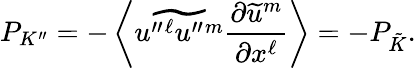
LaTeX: {P}_{K^{\prime\prime}}=-\left\langle{\widetilde{u^{\prime\prime}{}^{\ell}u^{\prime\prime}{}^{m}}\frac{\partial\widetilde{u}^{m}}{\partial x^{\ell}}}\right\rangle=-{P}_{\tilde{K}}.